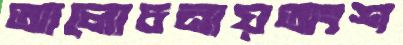
আলোচনায়অংশ